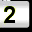
Digit: 2